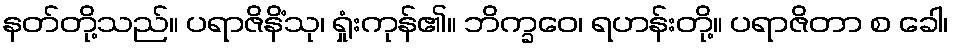
နတ်တို့သည်။ ပရာဇိနိံသု၊ ရှုံးကုန်၏။ ဘိက္ခဝေ၊ ရဟန်းတို့။ ပရာဇိတာ စ ခေါ၊